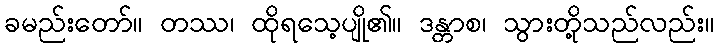
ခမည်းတော်။ တဿ၊ ထိုရသေ့ပျို၏။ ဒန္တာစ၊ သွားတို့သည်လည်း။